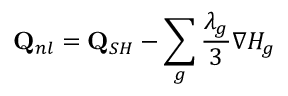
\mathbf { Q } _ { n l } = \mathbf { Q } _ { S H } - \sum _ { g } { \frac { \lambda _ { g } } { 3 } \nabla H _ { g } }